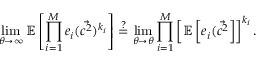
\operatorname* { l i m } _ { \theta \rightarrow \infty } \mathbb { E } \left[ \prod _ { i = 1 } ^ { M } e _ { i } ( \Vec { c ^ { 2 } } ) ^ { k _ { i } } \right] \stackrel { ? } { = } \operatorname* { l i m } _ { \theta \rightarrow \theta } \prod _ { i = 1 } ^ { M } \left[ \mathbb { E } \left[ e _ { i } ( \Vec { c ^ { 2 } } \right] \right] ^ { k _ { i } } .